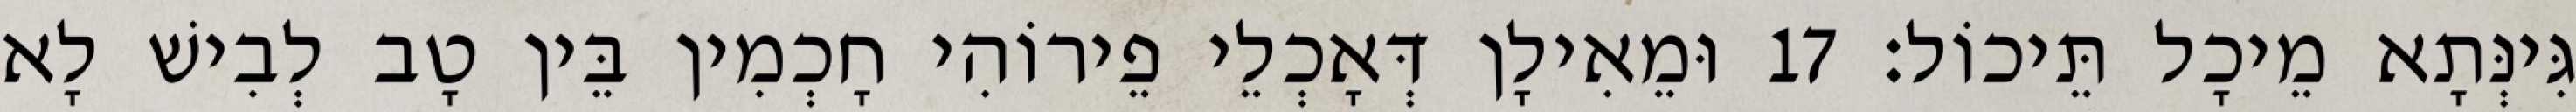
גִּינְּתָא מֵיכָל תֵּיכוֹל׃ 17 וּמֵאִילָן דְּאָכְלֵי פֵירוֹהִי חָכְמִין בֵּין טָב לְבִישׁ לָא